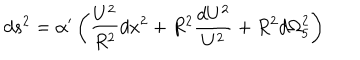
d s ^ { 2 } = { \alpha } ^ { \prime } \left( { \frac { U ^ { 2 } } { R ^ { 2 } } } d x ^ { 2 } + R ^ { 2 } { \frac { d U ^ { 2 } } { U ^ { 2 } } } + R ^ { 2 } d { \Omega } _ { 5 } ^ { 2 } \right)